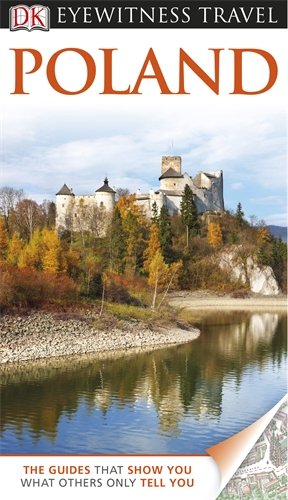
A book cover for DK Eyewitness Travel Guide: Poland; Collectif; Travel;